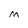
Character: M